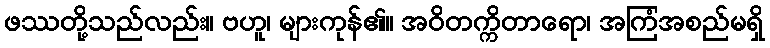
ဖဿတို့သည်လည်း။ ဗဟူ၊ များကုန်၏။ အဝိတက္ကိတာရော၊ အကြံအစည်မရှိ